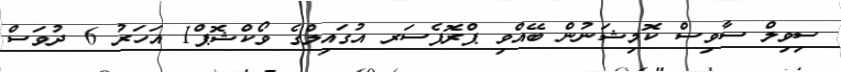
ސިވިލް ސާވިސް ކޮމިޝަނުން ބޭއްވި ޕްރޮފެސަރ އުގައިލްގެ ވޯކްޝޮޕް1 އަހަރު 6 ދުވަސް